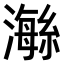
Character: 𤀇